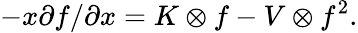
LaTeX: -x\partial f/\partial x=K\otimes f-V\otimes f^{2}.